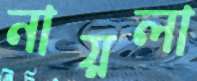
নায়লা